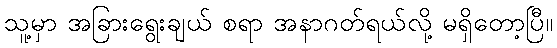
သူ့မှာ အခြားရွေးချယ် စရာ အနာဂတ်ရယ်လို့ မရှိတော့ပြီ။